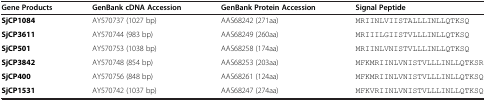
| Gene Products | GenBank cDNA Accession | GenBank Protein Accession | Signal Peptide |
 | --- | --- | --- | --- |
 | SjCP1084 | AY570737 (1027 bp) | AAS68242 (271aa) | MRIINLVIISTALLLINLLQTKSQ |
 | SjCP3611 | AY570744 (983 bp) | AAS68249 (260aa) | MRIIILGIISTVLLLINLLQTKSQ |
 | SjCP501 | AY570753 (1038 bp) | AAS68258 (174aa) | MRIINLVNISTVLLLINLLQTKSQ |
 | SjCP3842 | AY570748 (854 bp) | AAS68253 (203aa) | MFKMRIINLVNISTVLLLINLLQTKSR |
 | SjCP400 | AY570756 (848 bp) | AAS68261 (124aa) | MFKMRIINLVNISTVLLLINLLQTKSQ |
 | SjCP1531 | AY570742 (1037 bp) | AAS68247 (274aa) | MFKVRIINLVNISTVLLLINLLQTKSQ |